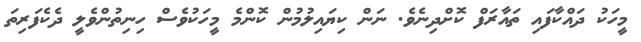
މީހަކު ދައްކާފައި ތައާރަފް ކޮށްދިނެވެ. ނަން ކިޔައިލުމުން ކޮންމެ މީހަކުވެސް ހިނިތުންވެލީ ދެކެފަރިތަ